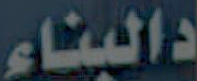
دالبناء